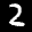
Label: 2